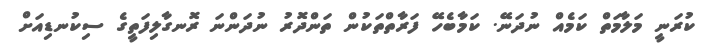
ކުރަނީ މަލާމަތް ކަމެއް ނުދަނޭ. ކަމާބެހޭ ފަރާތްތަކުން ތަންދޮރު ނުދަންނަ ރޮނގާލިފަތީގެ ސިކުނޑިއަށް